Leaving Certificate Examination, 1924
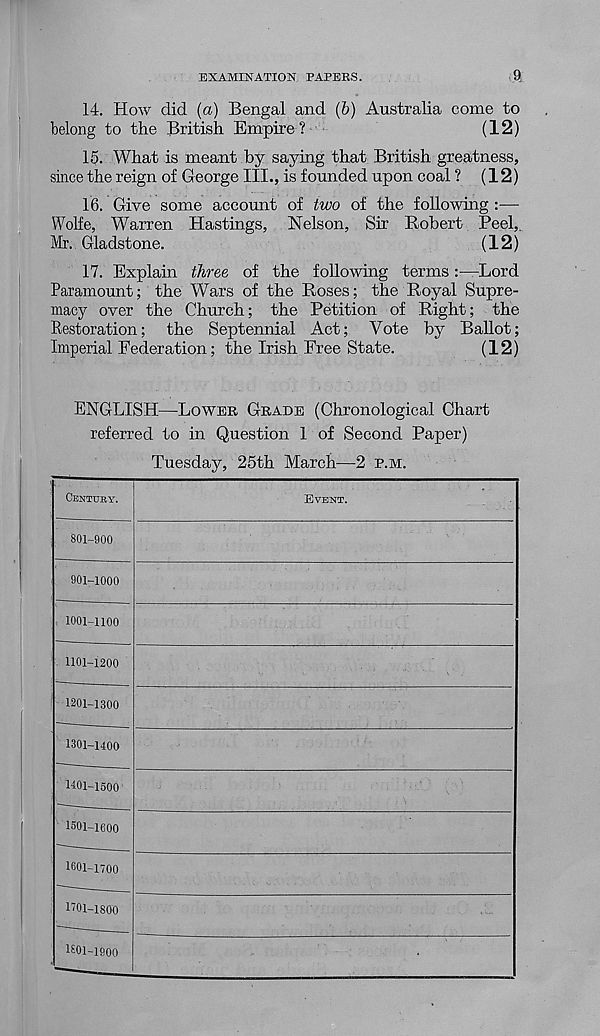
EXAMINATION PAPERS.
£>
14. How did (a) Bengal and (b) Australia come to
belong to the British Empire ?
(12)
15. What is meant by saying that British greatness,
since the reign of George III., is founded upon coal ? (12)
16. Give some account of two of the following :—
Wolfe, Warren Hastings, Nelson, Sir Robert Peel,.
Mr. Gladstone.
(12)
17. Explain three of the following termsLord
Paramount; the Wars of the Roses; the Royal Supre-
macy over the Church; the Petition of Right; the
Restoration; the Septennial Act; Vote by Ballot;
Imperial Federation; the Irish Free State.
(12)
ENGLISH—LOWER GRADE (Chronological Chart
referred to in Question 1 of Second Paper)